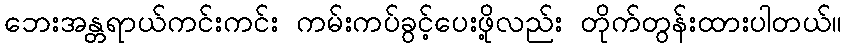
ဘေးအန္တရာယ်ကင်းကင်း ကမ်းကပ်ခွင့်ပေးဖို့လည်း တိုက်တွန်းထားပါတယ်။